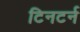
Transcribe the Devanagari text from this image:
टिनटर्न